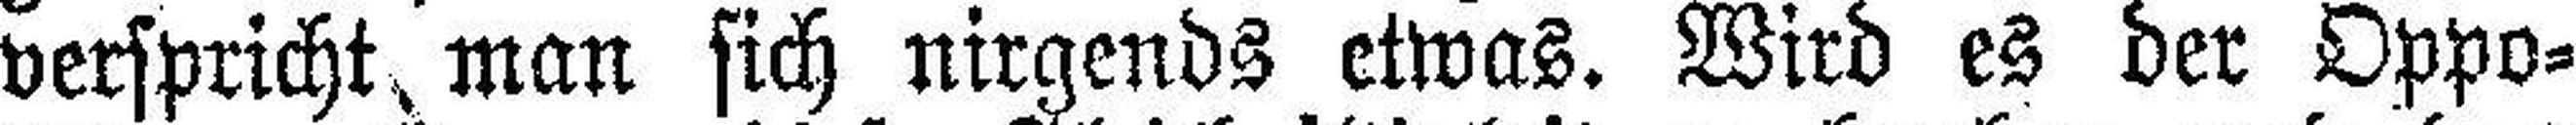
verspricht man sich nirgends etwas. Wird es der Oppo¬